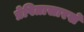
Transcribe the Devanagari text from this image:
प्रेषितासारखे